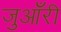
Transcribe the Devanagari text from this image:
जुआँरी